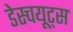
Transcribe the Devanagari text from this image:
डेस्चयूट्स